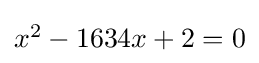
\textstyle x^{2}-1634x+2=0